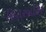
દિયારબકિર